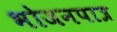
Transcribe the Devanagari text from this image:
भोजनपात्र